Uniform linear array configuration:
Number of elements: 12
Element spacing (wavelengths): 0.25
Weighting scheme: uniform
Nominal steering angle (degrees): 15
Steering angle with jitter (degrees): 16.429
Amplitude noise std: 0.05
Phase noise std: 0.05

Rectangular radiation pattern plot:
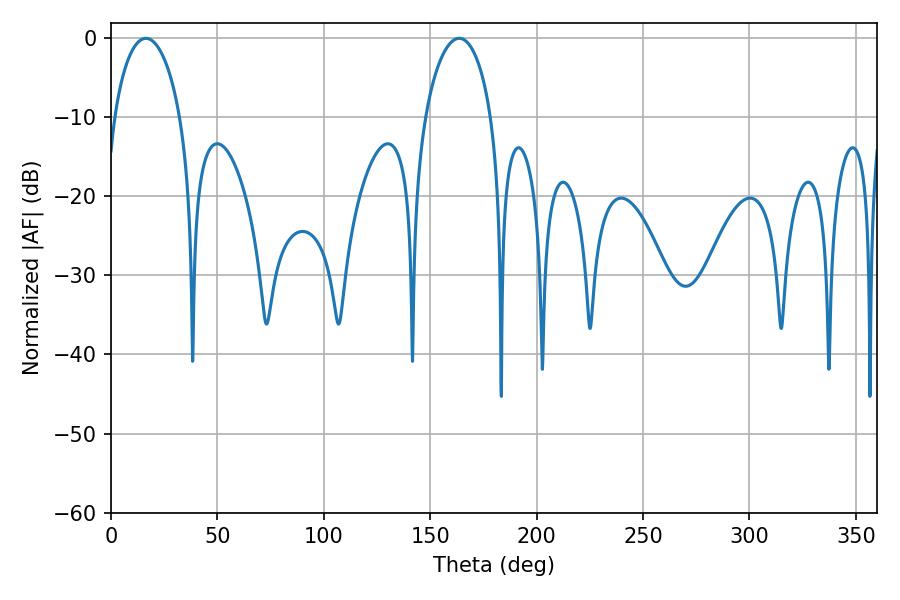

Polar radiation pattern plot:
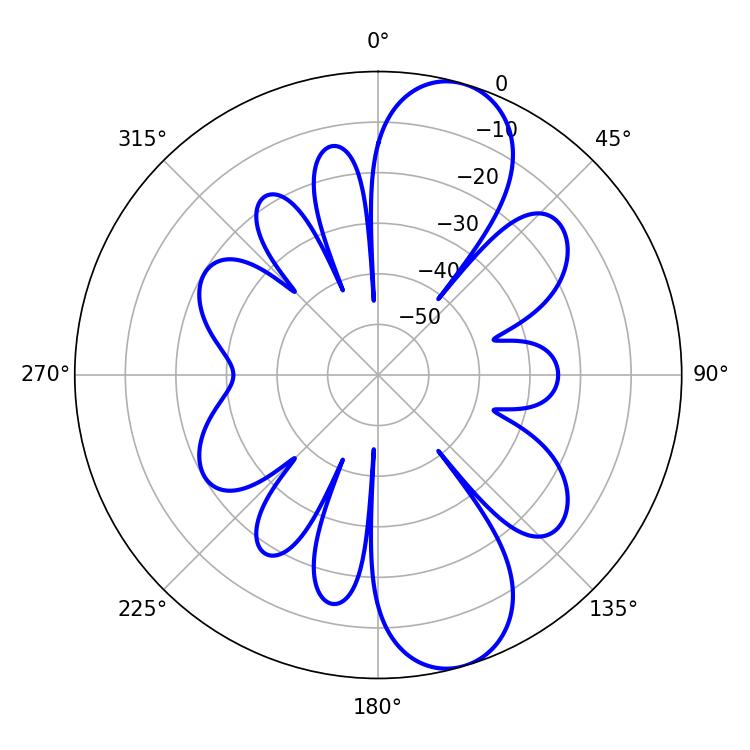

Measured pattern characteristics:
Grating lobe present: FALSE
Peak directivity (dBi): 10.155
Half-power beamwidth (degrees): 17.82
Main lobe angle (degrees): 16.38